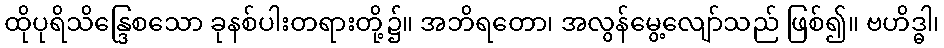
ထိုပုရိသိန္ဒြေစသော ခုနစ်ပါးတရားတို့၌။ အဘိရတော၊ အလွန်မွေ့လျော်သည် ဖြစ်၍။ ဗဟိဒ္ဓါ၊